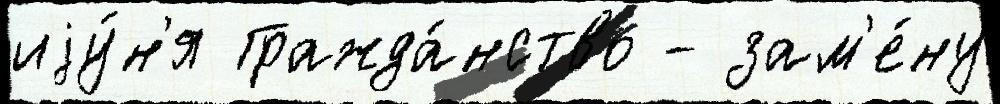
иjу́н'я Гражда́нство - зам'е́ну